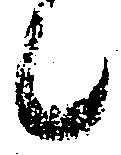
候